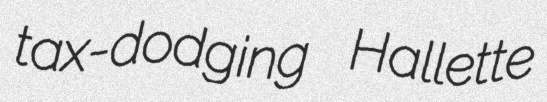
tax-dodging Hallette